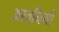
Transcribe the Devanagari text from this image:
अस्तनियों